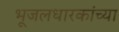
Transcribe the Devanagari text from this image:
भूजलधारकांच्या